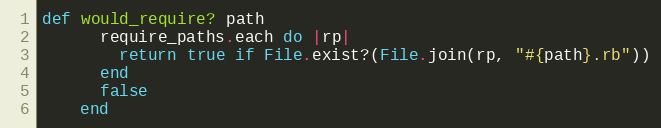
Language: Ruby
def would_require? path
      require_paths.each do |rp|
        return true if File.exist?(File.join(rp, "#{path}.rb"))
      end
      false
    end